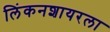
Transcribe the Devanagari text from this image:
लिंकनशायरला